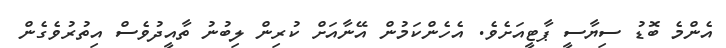
އެންމެ ބޮޑު ސިޔާސީ ޕާޓީއަށެވެ. އެހެންކަމުން އޭނާއަށް ކުރިން ލިބުނު ތާއީދުވެސް އިތުރުވެގެން